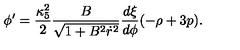
\phi ^ { \prime } = \frac { \kappa _ { 5 } ^ { 2 } } { 2 } \frac { B } { \sqrt { 1 + B ^ { 2 } \dot { r } ^ { 2 } } } \frac { d \xi } { d \phi } ( - \rho + 3 p ) .